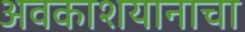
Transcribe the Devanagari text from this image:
अवकाशयानाचा